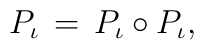
P_{\iota} \, = \, P_{\iota} \circ P_{\iota} ,